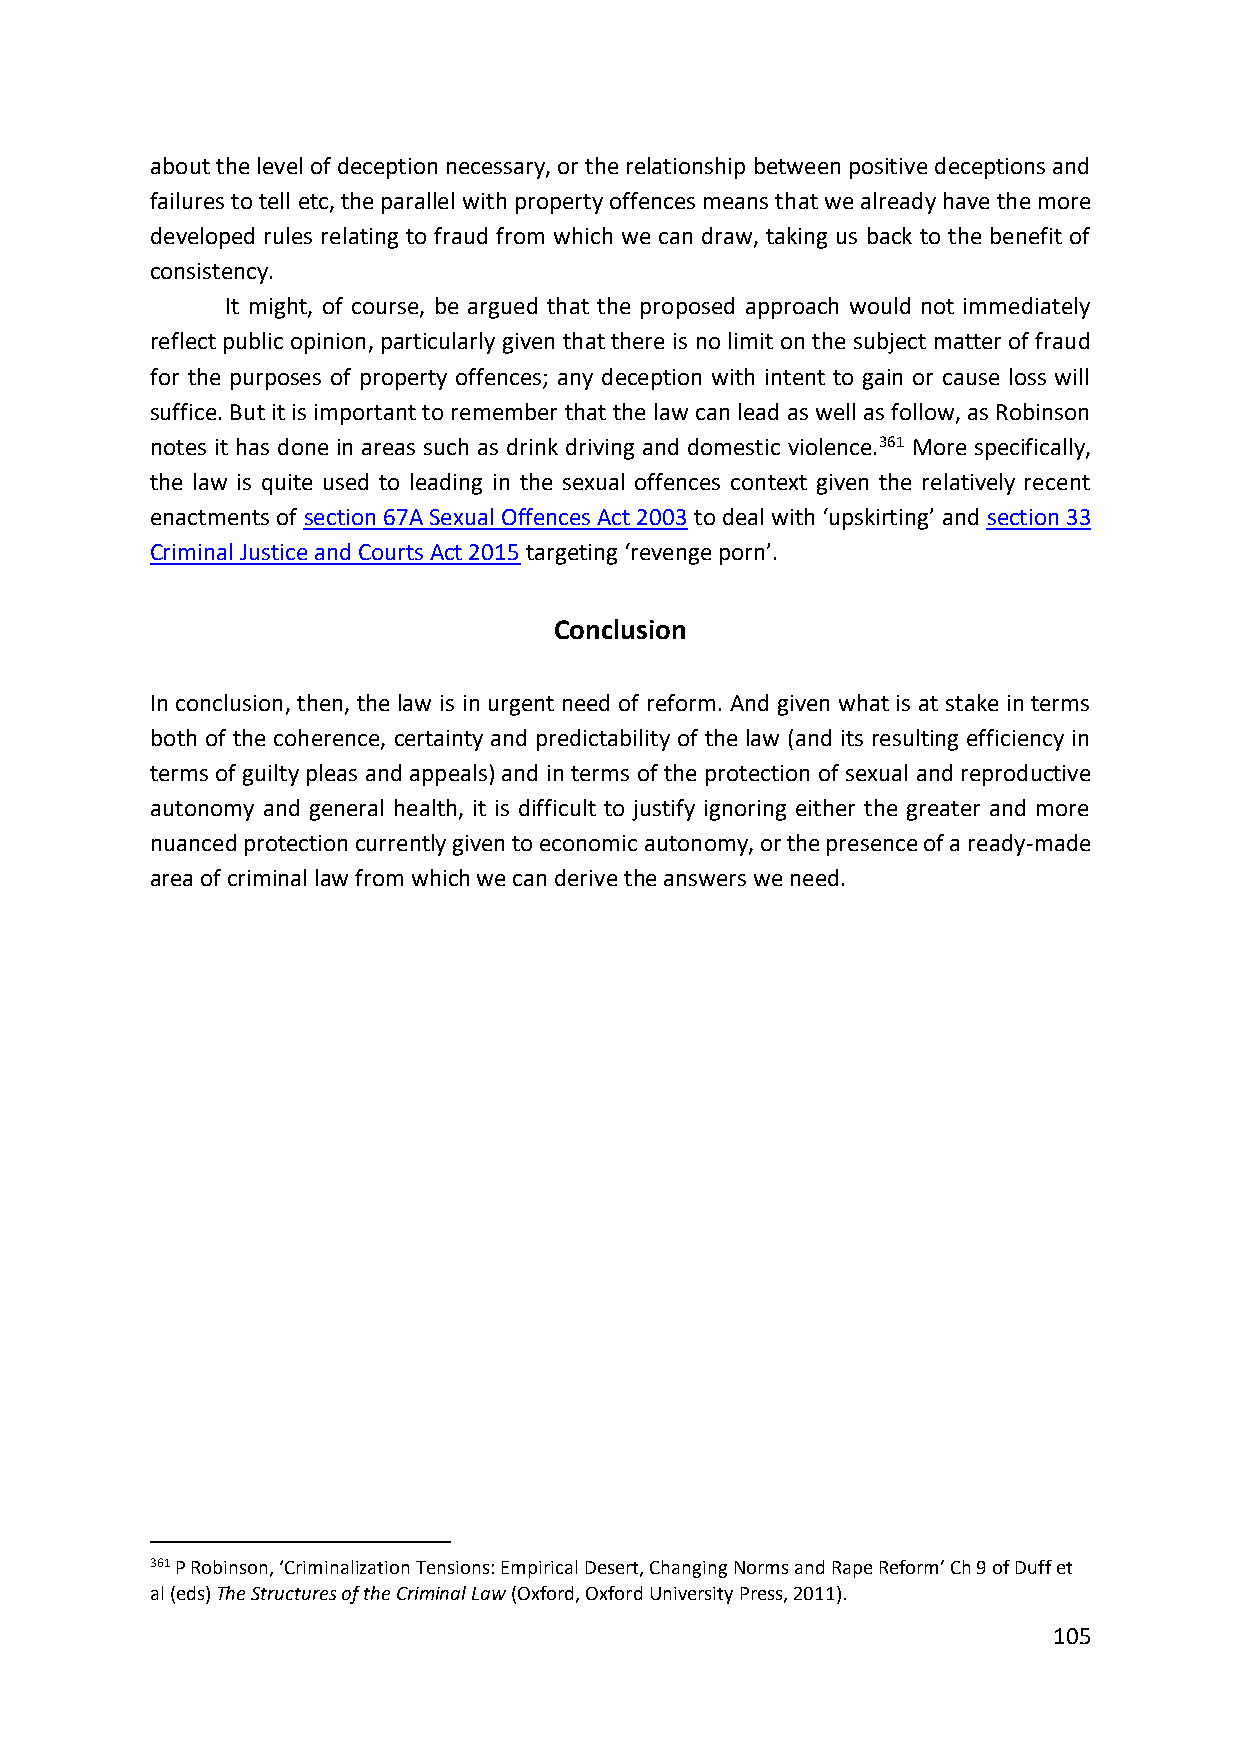
about the level of deception necessary, or the relationship between positive deceptions and
 failures to tell etc, the parallel with property offences means that we already have the more
 developed rules relating to fraud from which we can draw, taking us back to the benefit of
 consistency.
 It might, of course, be argued that the proposed approach would not immediately
 reflect public opinion, particularly given that there is no limit on the subject matter of fraud
 for the purposes of property offences; any deception with intent to gain or cause loss will
 suffice. But it is important to remember that the law can lead as well as follow, as Robinson
 notes it has done in areas such as drink driving and domestic violence.361 More specifically,
 the law is quite used to leading in the sexual offences context given the relatively recent
 enactments of section 67A Sexual Offences Act 2003 to deal with ‘upskirting’ and section 33
 Criminal Justice and Courts Act 2015 targeting ‘revenge porn’.
 Conclusion
 In conclusion, then, the law is in urgent need of reform. And given what is at stake in terms
 both of the coherence, certainty and predictability of the law (and its resulting efficiency in
 terms of guilty pleas and appeals) and in terms of the protection of sexual and reproductive
 autonomy and general health, it is difficult to justify ignoring either the greater and more
 nuanced protection currently given to economic autonomy, or the presence of a ready-made
 area of criminal law from which we can derive the answers we need.
 361 P Robinson, ‘Criminalization Tensions: Empirical Desert, Changing Norms and Rape Reform’ Ch 9 of Duff et
 al (eds) The Structures of the Criminal Law (Oxford, Oxford University Press, 2011).
 105